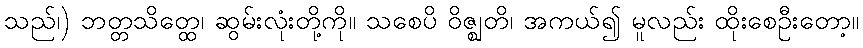
သည်၊) ဘတ္တသိတ္ထေ၊ ဆွမ်းလုံးတို့ကို။ သစေပိ ဝိဇ္ဈတိ၊ အကယ်၍ မူလည်း ထိုးစေဦးတော့။